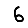
Digit: 6